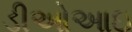
ડીઓઆઇ